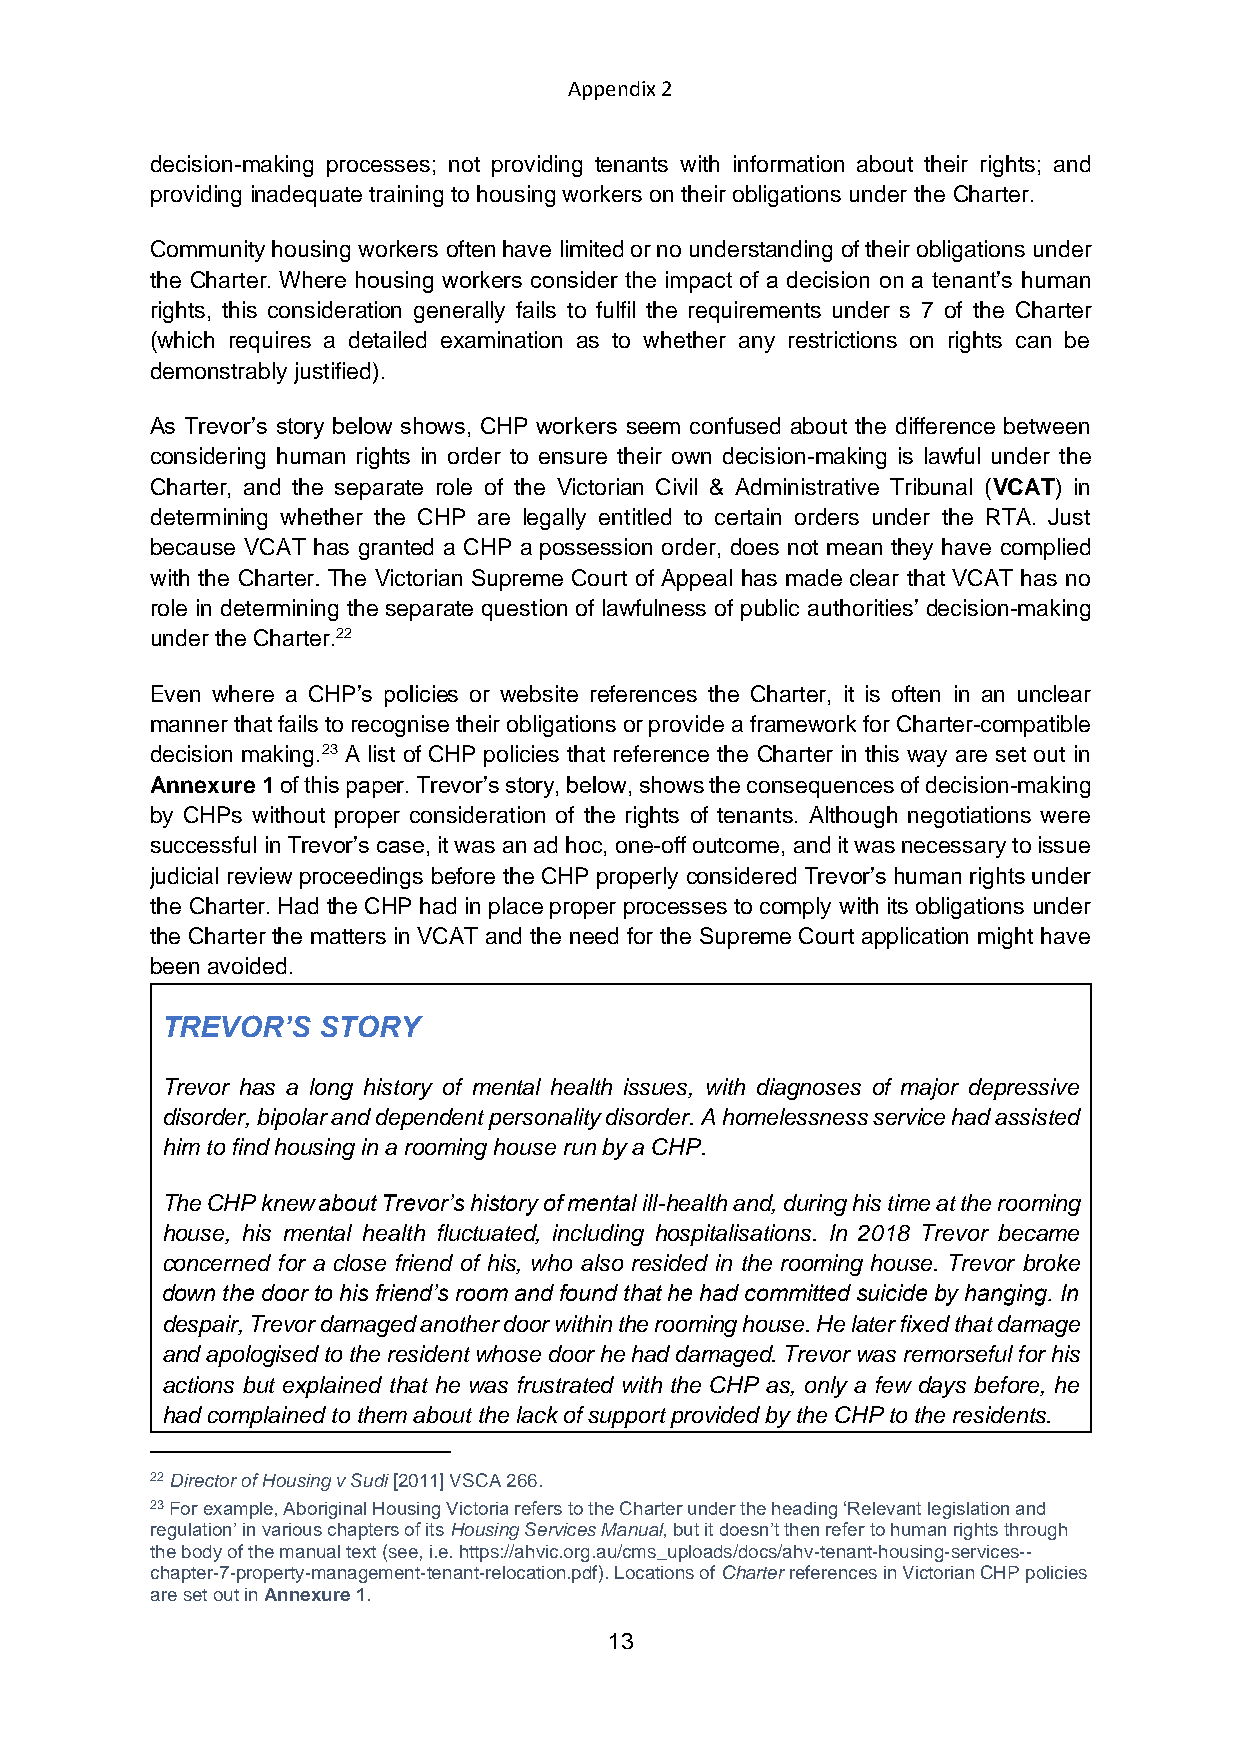
Appendix 2
 decision-making processes; not providing tenants with information about their rights; and
 providing inadequate training to housing workers on their obligations under the Charter.
 Community housing workers often have limited or no understanding of their obligations under
 the Charter. Where housing workers consider the impact of a decision on a tenant’s human
 rights, this consideration generally fails to fulfil the requirements under s 7 of the Charter
 (which requires a detailed examination as to whether any restrictions on rights can be
 demonstrably justified).
 As Trevor’s story below shows, CHP workers seem confused about the difference between
 considering human rights in order to ensure their own decision-making is lawful under the
 Charter, and the separate role of the Victorian Civil & Administrative Tribunal (VCAT) in
 determining whether the CHP are legally entitled to certain orders under the RTA. Just
 because VCAT has granted a CHP a possession order, does not mean they have complied
 with the Charter. The Victorian Supreme Court of Appeal has made clear that VCAT has no
 role in determining the separate question of lawfulness of public authorities’ decision-making
 under the Charter.22
 Even where a CHP’s policies or website references the Charter, it is often in an unclear
 manner that fails to recognise their obligations or provide a framework for Charter-compatible
 decision making.23 A list of CHP policies that reference the Charter in this way are set out in
 Annexure 1 of this paper. Trevor’s story, below, shows the consequences of decision-making
 by CHPs without proper consideration of the rights of tenants. Although negotiations were
 successful in Trevor’s case, it was an ad hoc, one-off outcome, and it was necessary to issue
 judicial review proceedings before the CHP properly considered Trevor’s human rights under
 the Charter. Had the CHP had in place proper processes to comply with its obligations under
 the Charter the matters in VCAT and the need for the Supreme Court application might have
 been avoided.
 TREVOR’S  STORY
 Trevor has a long history of mental health issues, with diagnoses of major depressive
 disorder, bipolar and dependent personality disorder. A homelessness service had assisted
 him to find housing in a rooming house run by a CHP.
 The CHP knew about Trevor’s history of mental ill-health and, during his time at the rooming
 house, his mental health fluctuated, including hospitalisations. In 2018 Trevor became
 concerned for a close friend of his, who also resided in the rooming house. Trevor broke
 down the door to his friend’s room and found that he had committed suicide by hanging. In
 despair, Trevor damaged another door within the rooming house. He later fixed that damage
 and apologised to the resident whose door he had damaged. Trevor was remorseful for his
 actions but explained that he was frustrated with the CHP as, only a few days before, he
 had complained to them about the lack of support provided by the CHP to the residents.
 22 Director of Housing v Sudi [2011] VSCA 266.
 23 For example, Aboriginal Housing Victoria refers to the Charter under the heading ‘Relevant legislation and
 regulation’ in various chapters of its Housing Services Manual, but it doesn’t then refer to human rights through
 the body of the manual text (see, i.e. https://ahvic.org.au/cms_uploads/docs/ahv-tenant-housing-services--
 chapter-7-property-management-tenant-relocation.pdf). Locations of Charter references in Victorian CHP policies
 are set out in Annexure 1.
 13